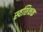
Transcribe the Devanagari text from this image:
स्वशिक्षक